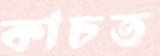
কাচত